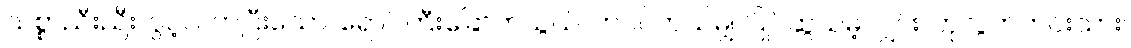
သစ္စာညီးညီး၊ ပွင့်လတ်ပြီးသော်၊ ရောင်ကြီးခြောက်သွယ်၊ ဘဝဂ်ကယ်မျှ၊ ပြိုင်ဆွယ်မဲ့လျှင်း၊ တုလွတ်ကင်းသား၊